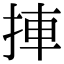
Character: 捙